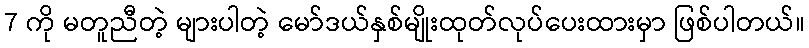
7 ကို မတူညီတဲ့ များပါတဲ့ မော်ဒယ်နှစ်မျိုးထုတ်လုပ်ပေးထားမှာ ဖြစ်ပါတယ်။